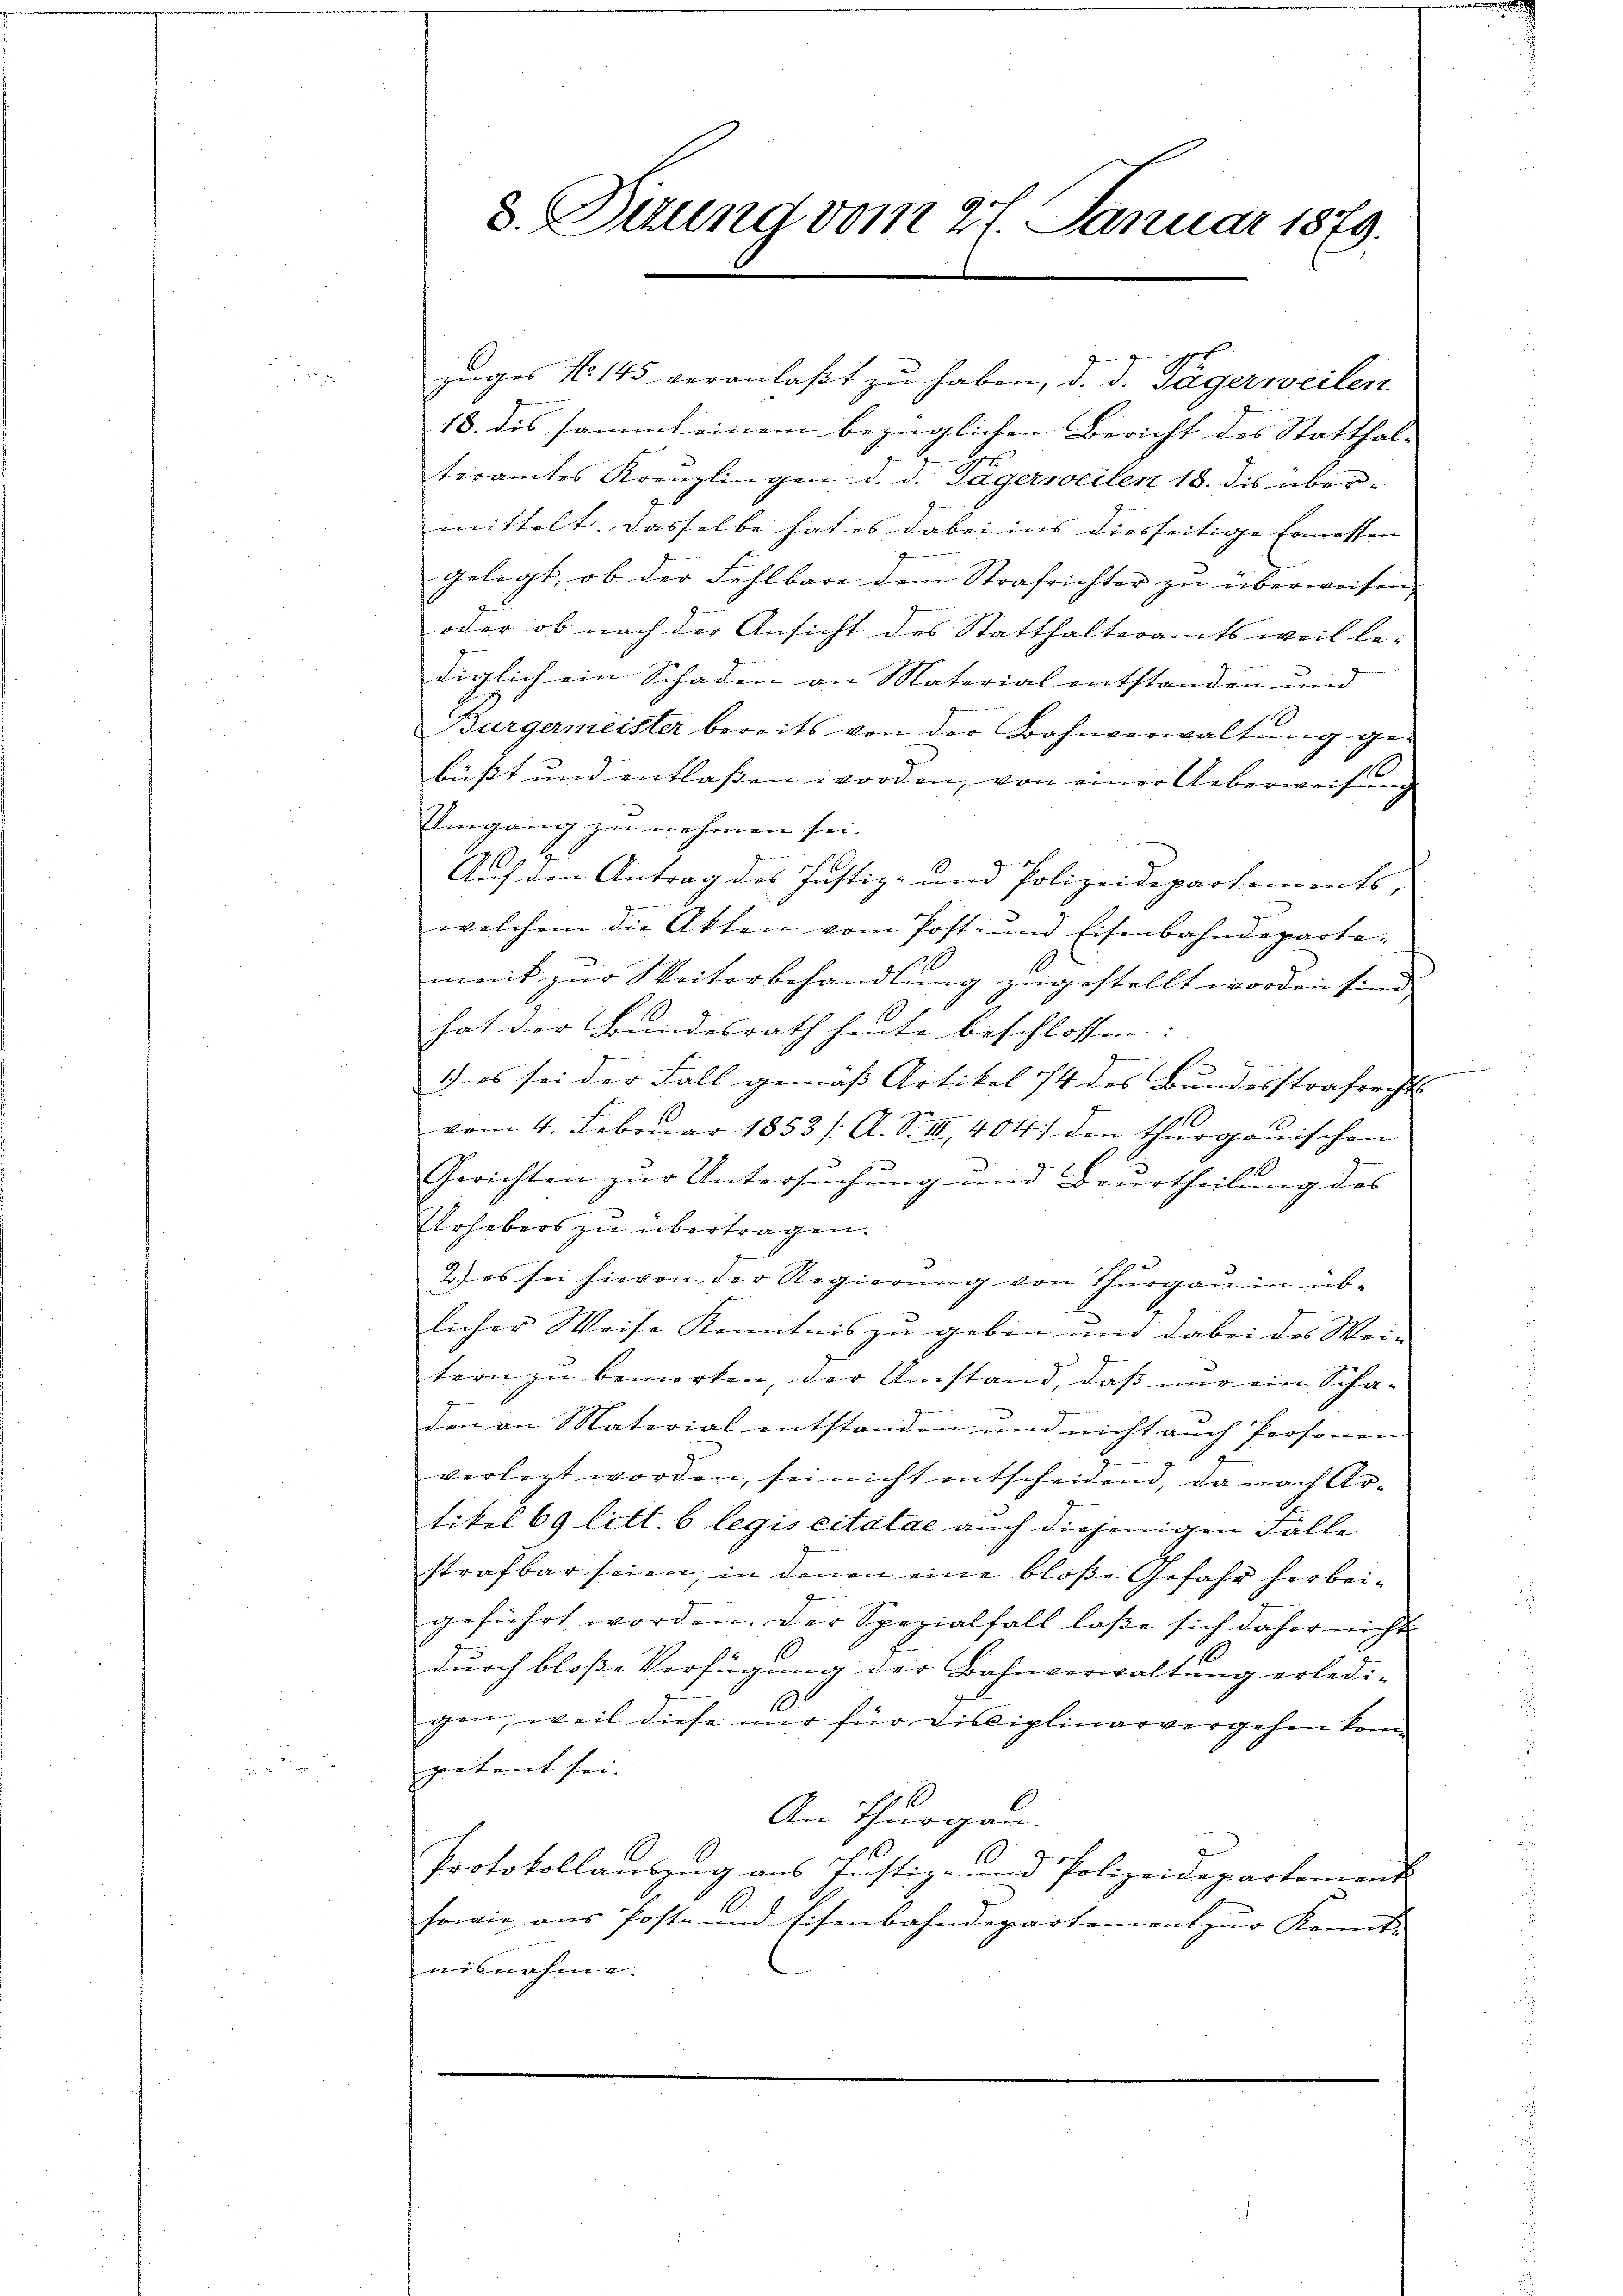
3. Dirund vom 27. Januar 1879.

zŭges No 145 veranlaßt zu haben, d. d. Tägerweilen
18. des sammt einem bezüglichen Bericht des Statthal- |
teramtes Kreuzlingen d. d. Tägerweilen 18. des übermittelt. Dasselbe hat es dabei ins diesseitige Ernessen |
gelegt, ob der Fehlbare dem Strafrichter zu überweisen.
oder ob nach der Ansicht des Statthalteramts weil be-
diglich ein Schaden an Material entstanden und
Bürgermeister bereits von der Bahnverwaltung gebüßt und entlassen worden, von einer Ueberweisung
Umgang zu nehmen sei.
Auf den Antrag des Justiz- und Polizeidepartements,
welchem die Akten vom Post- und Eisenbahndepartemat zur Weiterbehandlung zugestellt worden sind.
hat der Bundesrath heute beschlossen:

1) es sei der Fall gemäß Artikel 14 des Bundesstrafrechts
vom 4. Februar 1853 /: A. S. III, 404 den Thurgauischen
Gerichten zur Untersŭchŭng und Beurtheilung des
Urhebers zu übertragen.
2.) es sei hievon der Regierung von Thurgau in üblicher Weise Kenntnis zu geben und dabei des Wei-
tern zu bemerken, der Umstand, daß nur ein Schaden an Material entstanden und nicht auch Personen
verletzt worden, sei nicht entscheidend, da nach Artikel 69 litt. b legis citatae auch diejenigen Fälle
strafbar seien, in denen eine bloße Gefahr herbeie
geführt worden. Der Spezialfall laße sich daher nicht
s
1
durch bloße Verfügung der Bahnverwaltung erledi-
1
gen, weil diese iner für Disciplinarvergehen kom
getreit sei.
An Thurgau
Protokollauszug aus Justiz- und Polizeidepartement
sowie aus Post- und Eisenbahndepartement zur Kennt-
nisnahme.

d